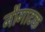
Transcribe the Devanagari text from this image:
नौगाटक